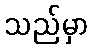
သည်မှာ